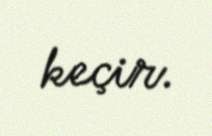
keçir.